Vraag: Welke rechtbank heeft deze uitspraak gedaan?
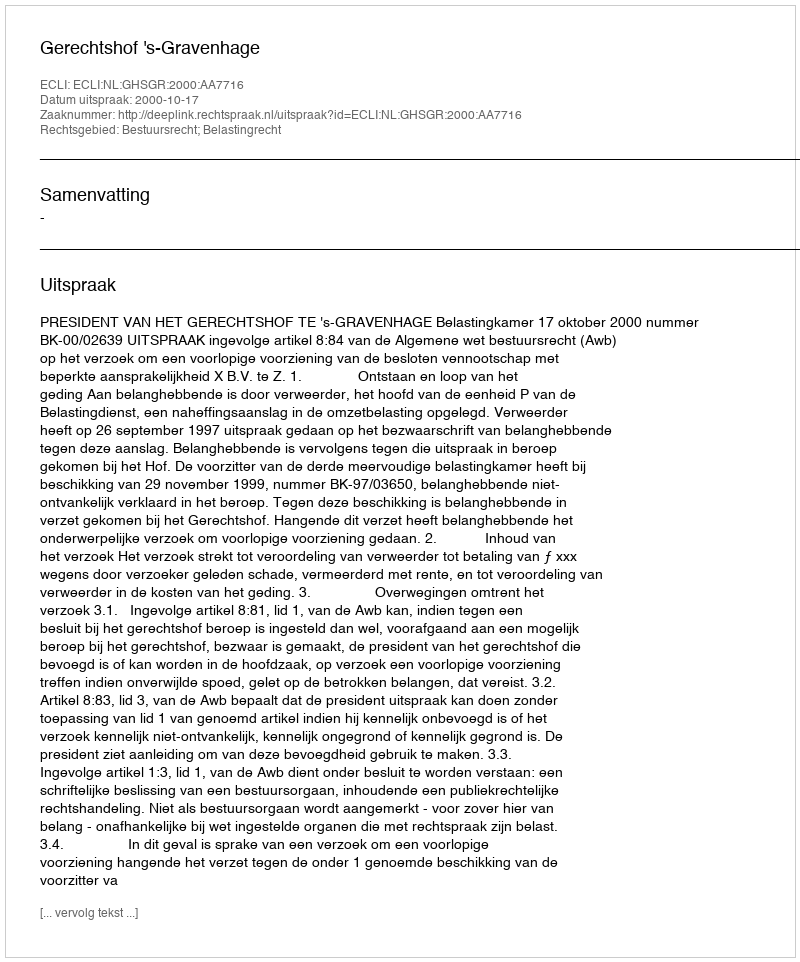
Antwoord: Gerechtshof 's-Gravenhage